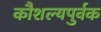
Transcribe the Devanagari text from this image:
कौशल्यपुर्वक